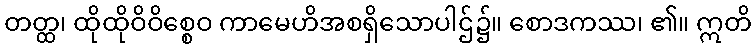
တတ္ထ၊ ထိုထိုဝိဝိစ္စေဝ ကာမေဟိအစရှိသောပါဌ်၌။ စောဒကဿ၊ ၏။ ဣတိ